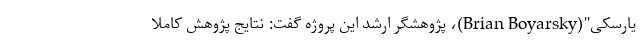
یارسکی"(Brian Boyarsky)، پژوهشگر ارشد این پروژه گفت: نتایج پژوهش کاملا